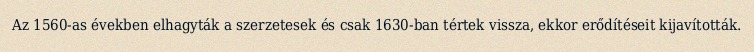
Az 1560-as években elhagyták a szerzetesek és csak 1630-ban tértek vissza, ekkor erődítéseit kijavították.